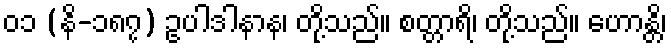
၀၁ (နိ-၁၈၇) ဥပါဒါနာန၊ တို့သည်။ စတ္တာရိ၊ တို့သည်။ ဟောန္တိ၊